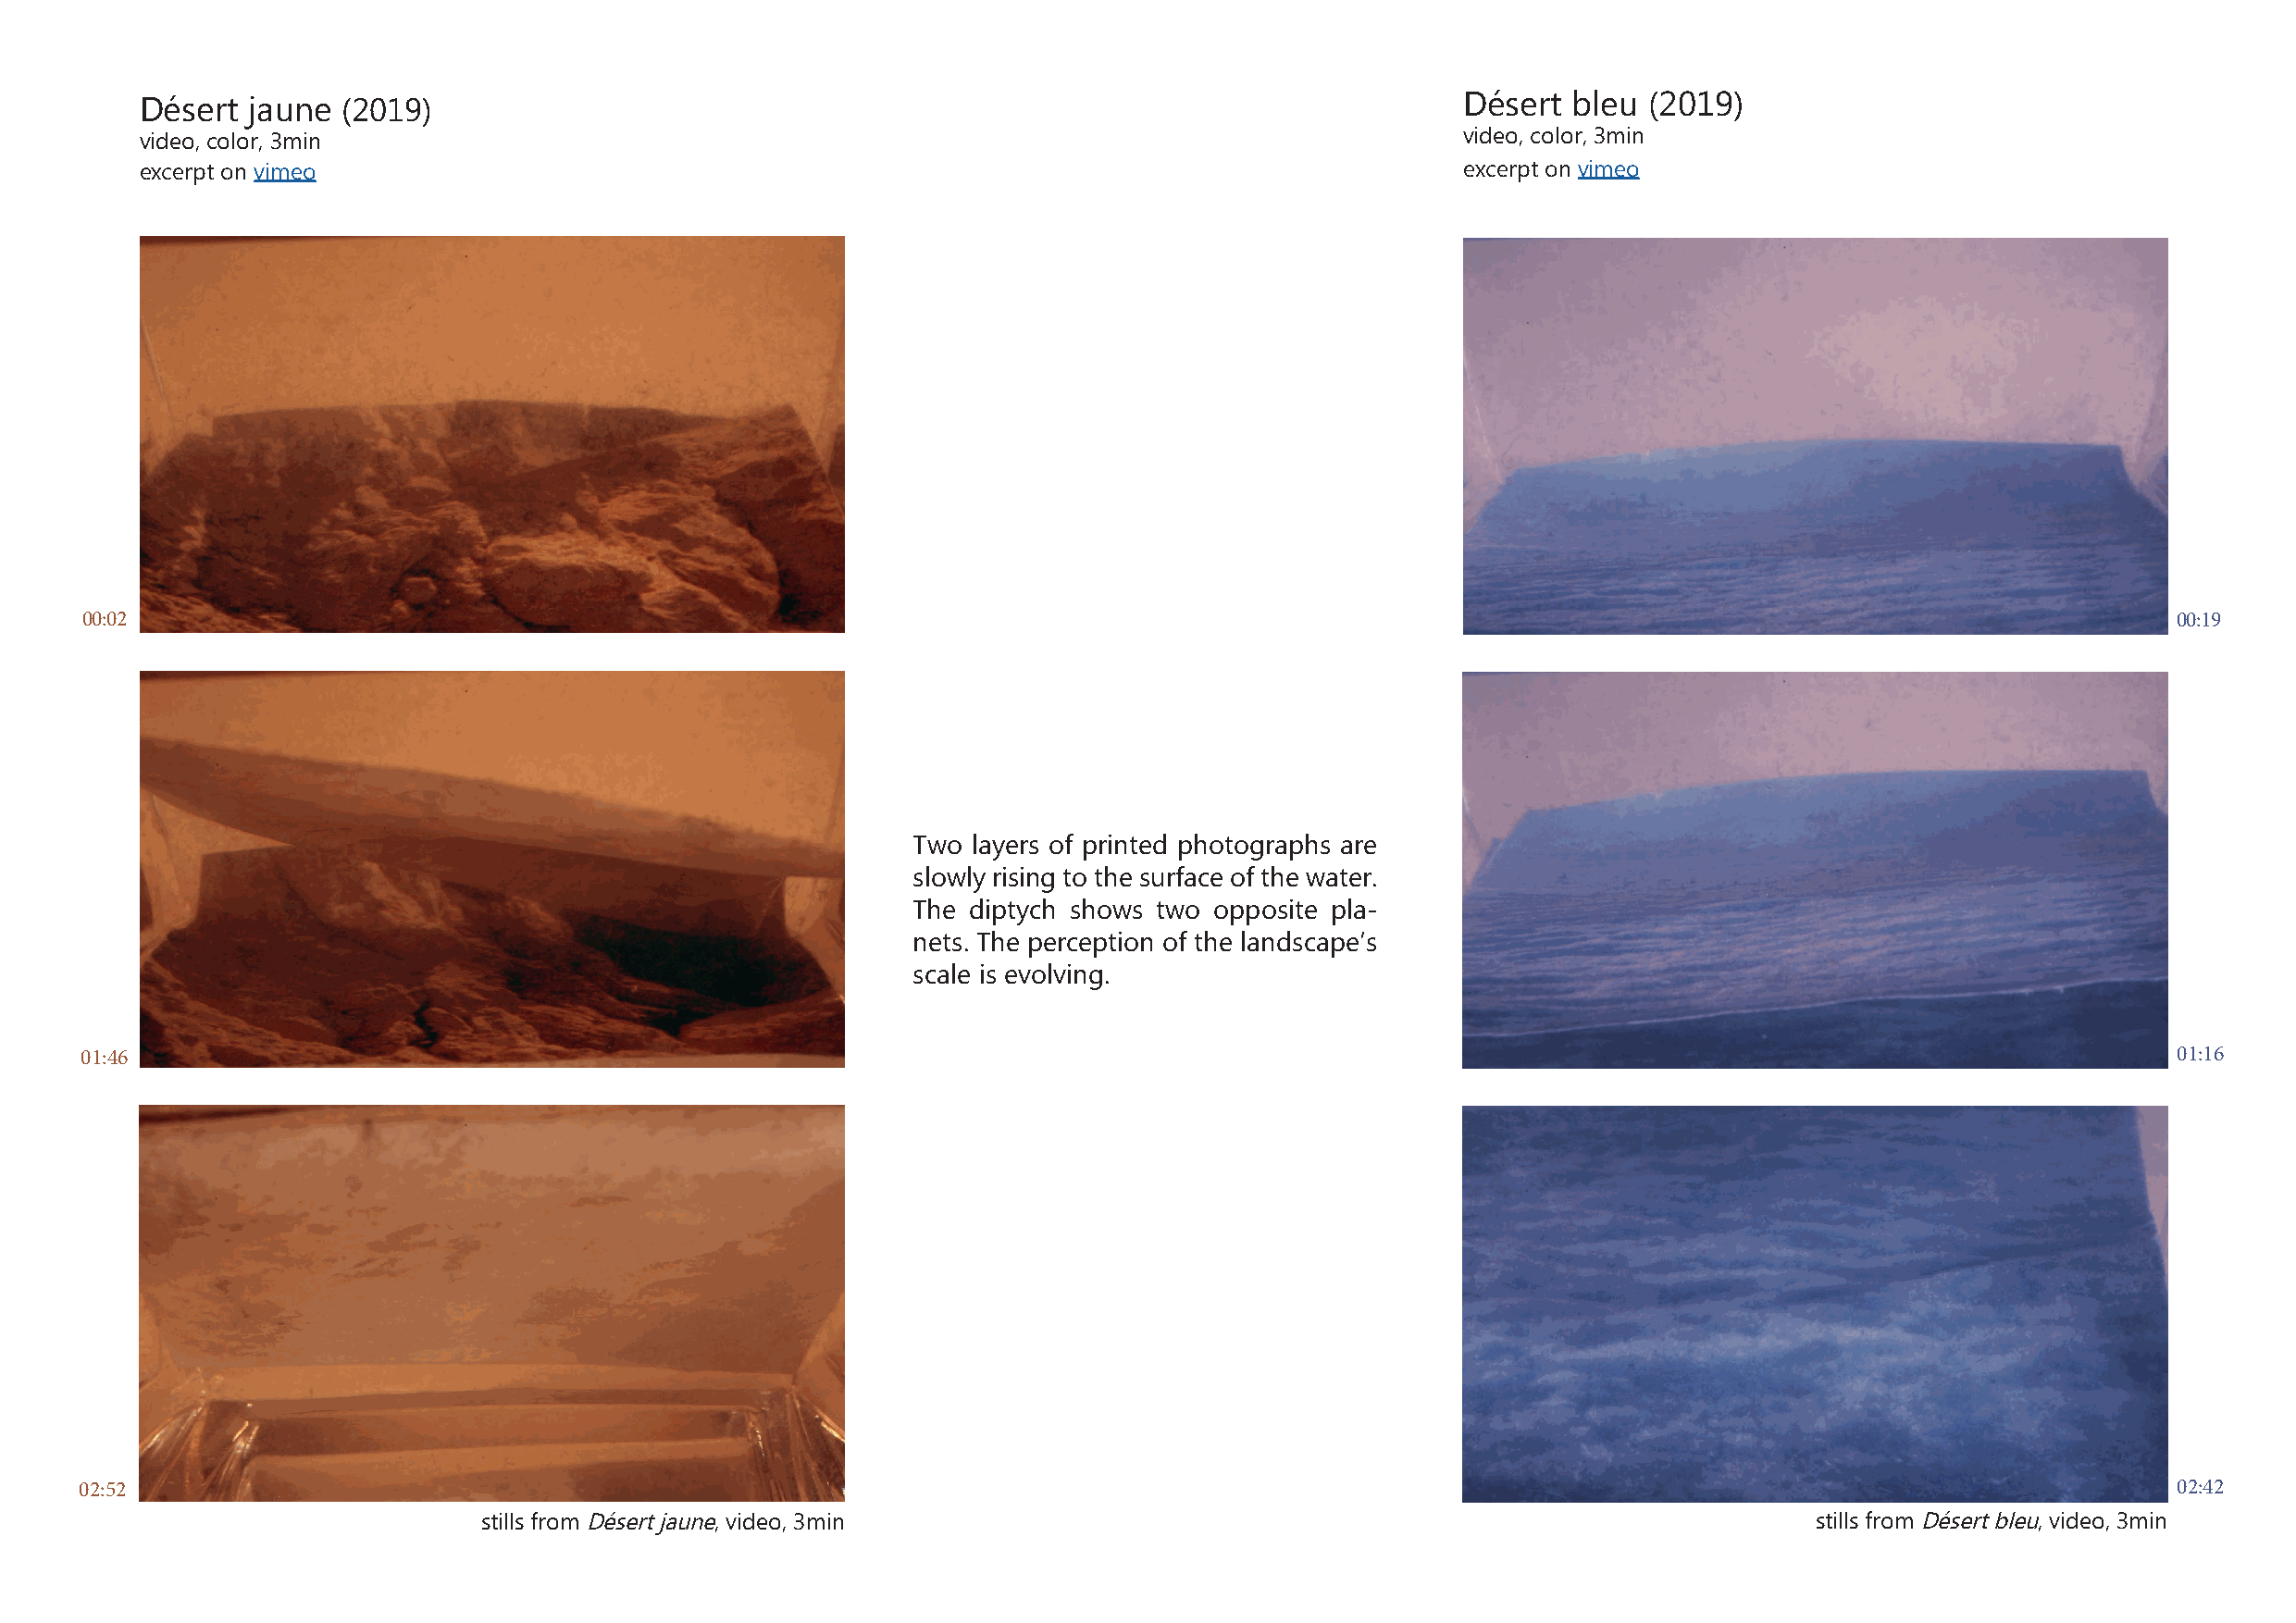
Désert  jaune (2019)                                                                           Désert bleu  (2019)
 video, color, 3min                                                                             video, color, 3min
 excerpt on vimeo                                                                               excerpt on vimeo
 00:02                                                                                                                                                 00:19
 Two layers of printed photographs are
 slowly rising to the surface of the water.
 The diptych shows two opposite pla-
 nets. The perception of the landscape’s
 scale is evolving.
 01:46                                                                                                                                                 01:16
 02:52                                                                                                                                                 02:42
 stills from Désert jaune, video, 3min                                                           stills from Désert bleu, video, 3min